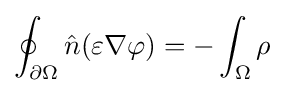
\oint _{\partial \Omega }{\hat {n}}(\varepsilon \nabla \varphi )=-\int _{\Omega }\rho